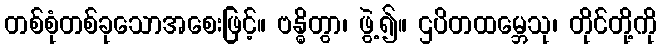
တစ်စုံတစ်ခုသောအစေးဖြင့်။ ဗန္ဓိတွာ၊ ဖွဲ့၍။ ဌပိတထမ္ဘေသု၊ တိုင်တို့ကို